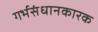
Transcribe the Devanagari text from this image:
गर्भसंधानकारक